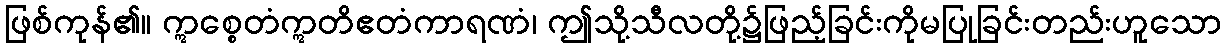
ဖြစ်ကုန်၏။ ဣစ္စေတံဣတိဧတံကာရဏံ၊ ဤသို့သီလတို့၌ဖြည့်ခြင်းကိုမပြုခြင်းတည်းဟူသော